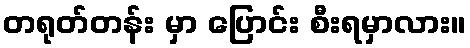
တရုတ်တန်း မှာ ပြောင်း စီးရမှာလား။